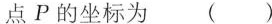
点P的坐标为( )